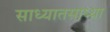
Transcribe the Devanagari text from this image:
साध्यातसाध्या